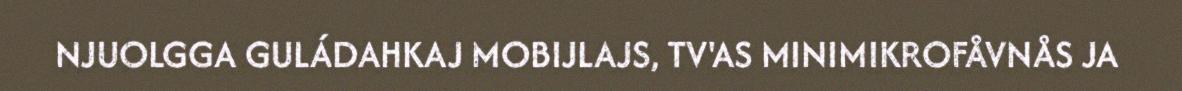
NJUOLGGA GULÁDAHKAJ MOBIJLAJS, TV'AS MINIMIKROFÅVNÅS JA